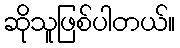
ဆိုသူဖြစ်ပါတယ်။